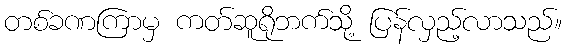
တစ်ခဏကြာမှ ကတ်ဆူရိုဘက်သို့ ပြန်လှည့်လာသည်။